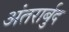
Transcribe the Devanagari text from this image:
अंतरार्बुद